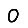
Digit: 0